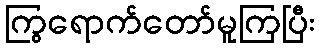
ကြွရောက်တော်မူကြပြီး